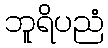
ဘူရိပညံ